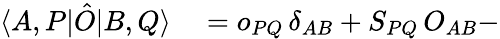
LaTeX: \begin{array}{rl}{\langle A,P|\hat{O}|B,Q\rangle}&{{}=o_{PQ}\, \delta_{AB}+S_{PQ}\, O_{AB}-}\end{array}